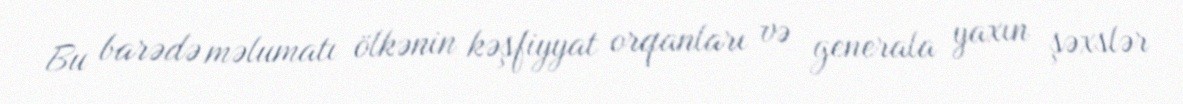
Bu barədə məlumatı ölkənin kəşfiyyat orqanları və generala yaxın şəxslər